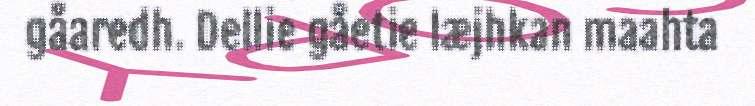
gåaredh. Dellie gåetie læjhkan maahta